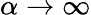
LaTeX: \alpha\rightarrow\infty